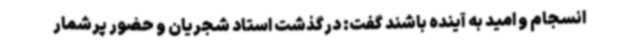
انسجام و امید به آینده باشند گفت: درگذشت استاد شجریان و حضور پرشمار